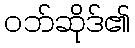
ဝဘ်ဆိုဒ်၏